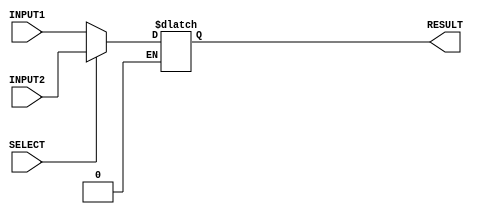
/*
 *
 *	Part 3 
 *
 *	This is a MUX which has two inputs and one selection.
 *
 *
 */

module mux_2to1_8bits(RESULT, INPUT1, INPUT2, SELECT);

	input [7:0] INPUT1, INPUT2;		// 8-bits inputs 
	input SELECT;				// selection pin
	output reg [7:0] RESULT;		// 8-bits output

	always @(*) 
	begin		
		
		if( SELECT == 1'b1 )		// SELECT == 1'b1
			
			RESULT = INPUT2 ;

		else if( SELECT == 1'b0 )			// SELECT = 1'b0

			RESULT = INPUT1 ;

	
	end	

endmodule